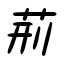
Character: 荊